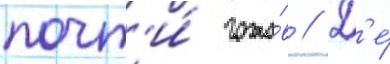
почт'и́ гото́в // Д'е́